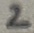
Text: 2